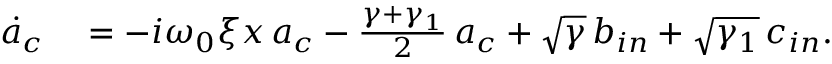
\begin{array} { r l } { \dot { a } _ { c } } & { { } = - i \omega _ { 0 } \xi x \, a _ { c } - \frac { \gamma + \gamma _ { 1 } } { 2 } \, a _ { c } + \sqrt { \gamma } \, b _ { i n } + \sqrt { \gamma _ { 1 } } \, c _ { i n } . } \end{array}